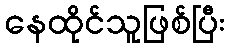
နေထိုင်သူဖြစ်ပြီး